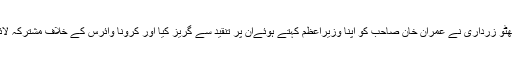
پی پی پی کے چیرمین بلاول بھٹو زرداری نے عمران خان صاحب کو اپنا وزیراعظم کہتے ہوئےان پر تنقید سے گریز کیا اور کرونا وائرس کے خلاف مشترکہ لائحۂ عمل بنانے کی دعوت دی۔